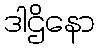
ဒါဌိနော